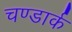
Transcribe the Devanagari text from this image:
चण्डार्क